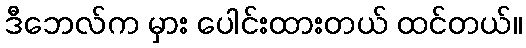
ဒီဘေလ်က မှား ပေါင်းထားတယ် ထင်တယ်။